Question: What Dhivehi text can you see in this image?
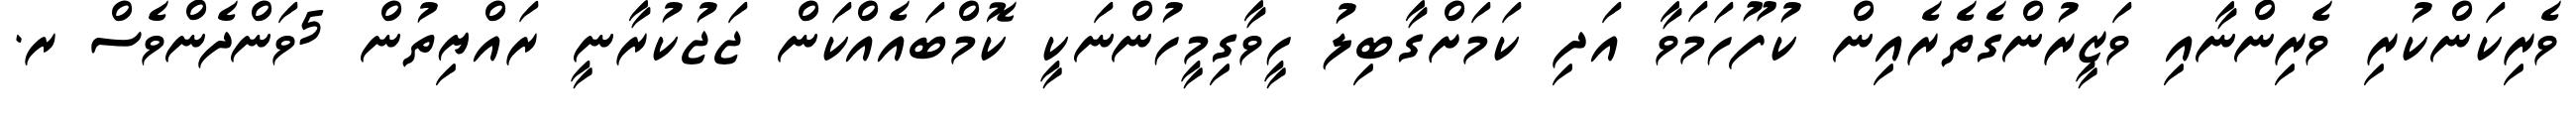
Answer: ވެރިކަންކުރި ވެރިންނާއި ވަޒީރުންގެތެރެއިން ކުފޫހަމަވާ އަދި ކަމަށްގާބިލު ހީވާގިމީހުންނަކީ ކޮމްބައެއްކަން ޖަޖުކުރާނީ ރައްޔިތުން 5ވަންދެންވެސް ރ.